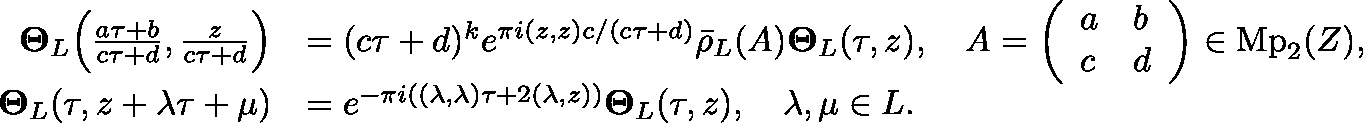
\begin{array} { r l } { \mathbf { \Theta } _ { L } \Big ( \frac { a \tau + b } { c \tau + d } , \frac { \mathfrak { z } } { c \tau + d } \Big ) } & { = ( c \tau + d ) ^ { k } e ^ { \pi i ( \mathfrak { z } , \mathfrak { z } ) c / ( c \tau + d ) } \bar { \rho } _ { L } ( A ) \mathbf { \Theta } _ { L } ( \tau , \mathfrak { z } ) , \quad A = \left( \begin{array} { l l } { a } & { b } \\ { c } & { d } \end{array} \right) \in \mathrm { M p } _ { 2 } ( \mathbb { Z } ) , } \\ { \mathbf { \Theta } _ { L } ( \tau , \mathfrak { z } + \lambda \tau + \mu ) } & { = e ^ { - \pi i ( ( \lambda , \lambda ) \tau + 2 ( \lambda , \mathfrak { z } ) ) } \mathbf { \Theta } _ { L } ( \tau , \mathfrak { z } ) , \quad \lambda , \mu \in L . } \end{array}